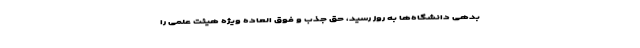
بدهی دانشگاه‌ها به روز رسید، حق جذب و فوق العاده ویژه هیئت علمی را